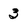
Character: 3